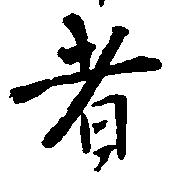
者